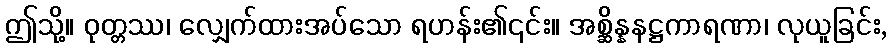
ဤသို့။ ဝုတ္တဿ၊ လျှေက်ထားအပ်သော ရဟန်း၏၎င်း။ အစ္ဆိန္နနဋ္ဌကာရဏာ၊ လုယူခြင်း,